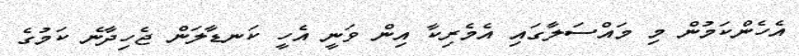
އެހެންކަމުން މި މައްސަލާގައި އެމެރިކާ އިން ވަނީ އެހީ ކަނޑާލަން ޖެހިދާނެ ކަމުގެ